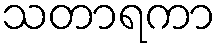
သတာရကာ